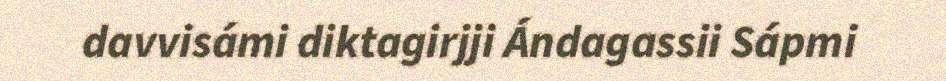
davvisámi diktagirjji Ándagassii Sápmi